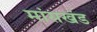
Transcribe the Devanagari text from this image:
मांसखंड